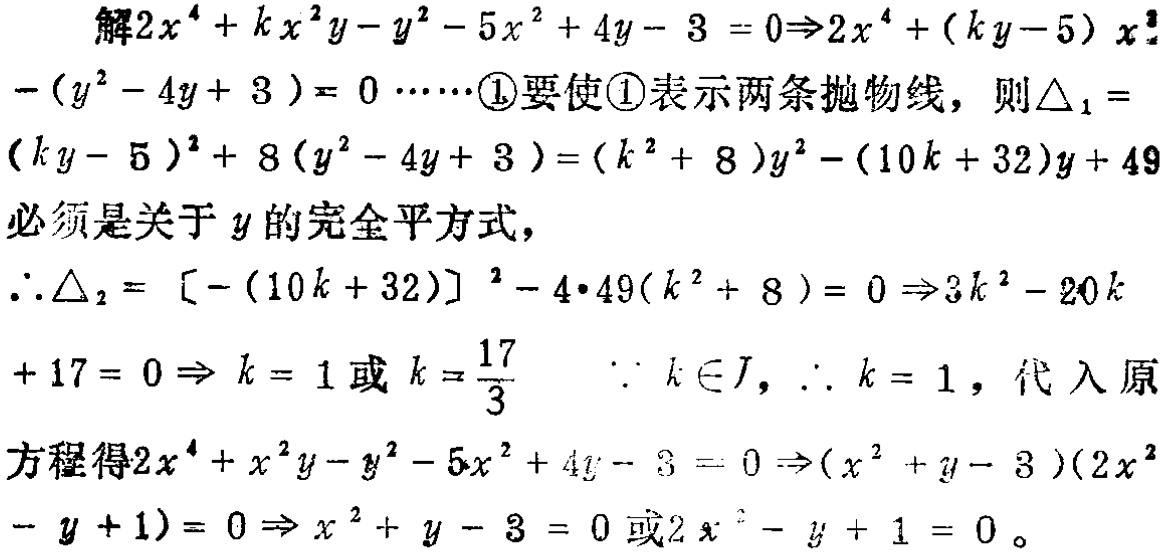
解\(2x^{4}+kx^{2}y - y^{2}-5x^{2}+4y - 3 = 0\Rightarrow2x^{4}+(ky - 5)x^{2}-(y^{2}-4y + 3)=0\cdots\cdots\)\textcircled{1}要使\textcircled{1}表示两条抛物线，则\(\triangle_{1}=(ky - 5)^{2}+8(y^{2}-4y + 3)=(k^{2}+8)y^{2}-(10k + 32)y + 49\)必须是关于\(y\)的完全平方式，
\(\therefore\triangle_{2}=[-(10k + 32)]^{2}-4\cdot49(k^{2}+8)=0\Rightarrow3k^{2}-20k + 17 = 0\Rightarrow k = 1\)或\(k=\frac{17}{3}\)  \(\because k\in J\)，\(\therefore k = 1\)，代入原方程得\(2x^{4}+x^{2}y - y^{2}-5x^{2}+4y - 3 = 0\Rightarrow(x^{2}+y - 3)(2x^{2}-y + 1)=0\Rightarrow x^{2}+y - 3 = 0\)或\(2x^{2}-y + 1 = 0\)。